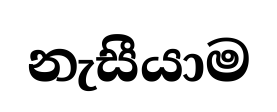
නැසීයාම